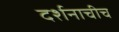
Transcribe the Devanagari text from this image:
दर्शनाचीच